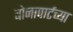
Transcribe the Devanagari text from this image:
बोनापार्टच्या